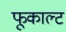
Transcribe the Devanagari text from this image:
फूकाल्ट